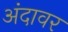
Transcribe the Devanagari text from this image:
अंदावर